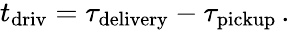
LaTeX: \begin{array}{r}{t_{\mathrm{driv}}=\tau_{\mathrm{delivery}}-\tau_{\mathrm{pickup}}\, .}\end{array}